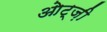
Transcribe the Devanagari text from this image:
ओट्ज़ी